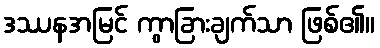
ဒဿနအမြင် ကွာခြားချက်သာ ဖြစ်၏။